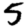
Digit: 5